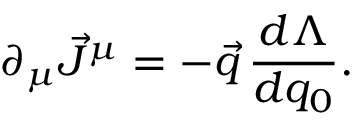
\partial _ { \mu } \vec { J } ^ { \mu } = - \vec { q } \, \frac { d \Lambda } { d q _ { 0 } } .